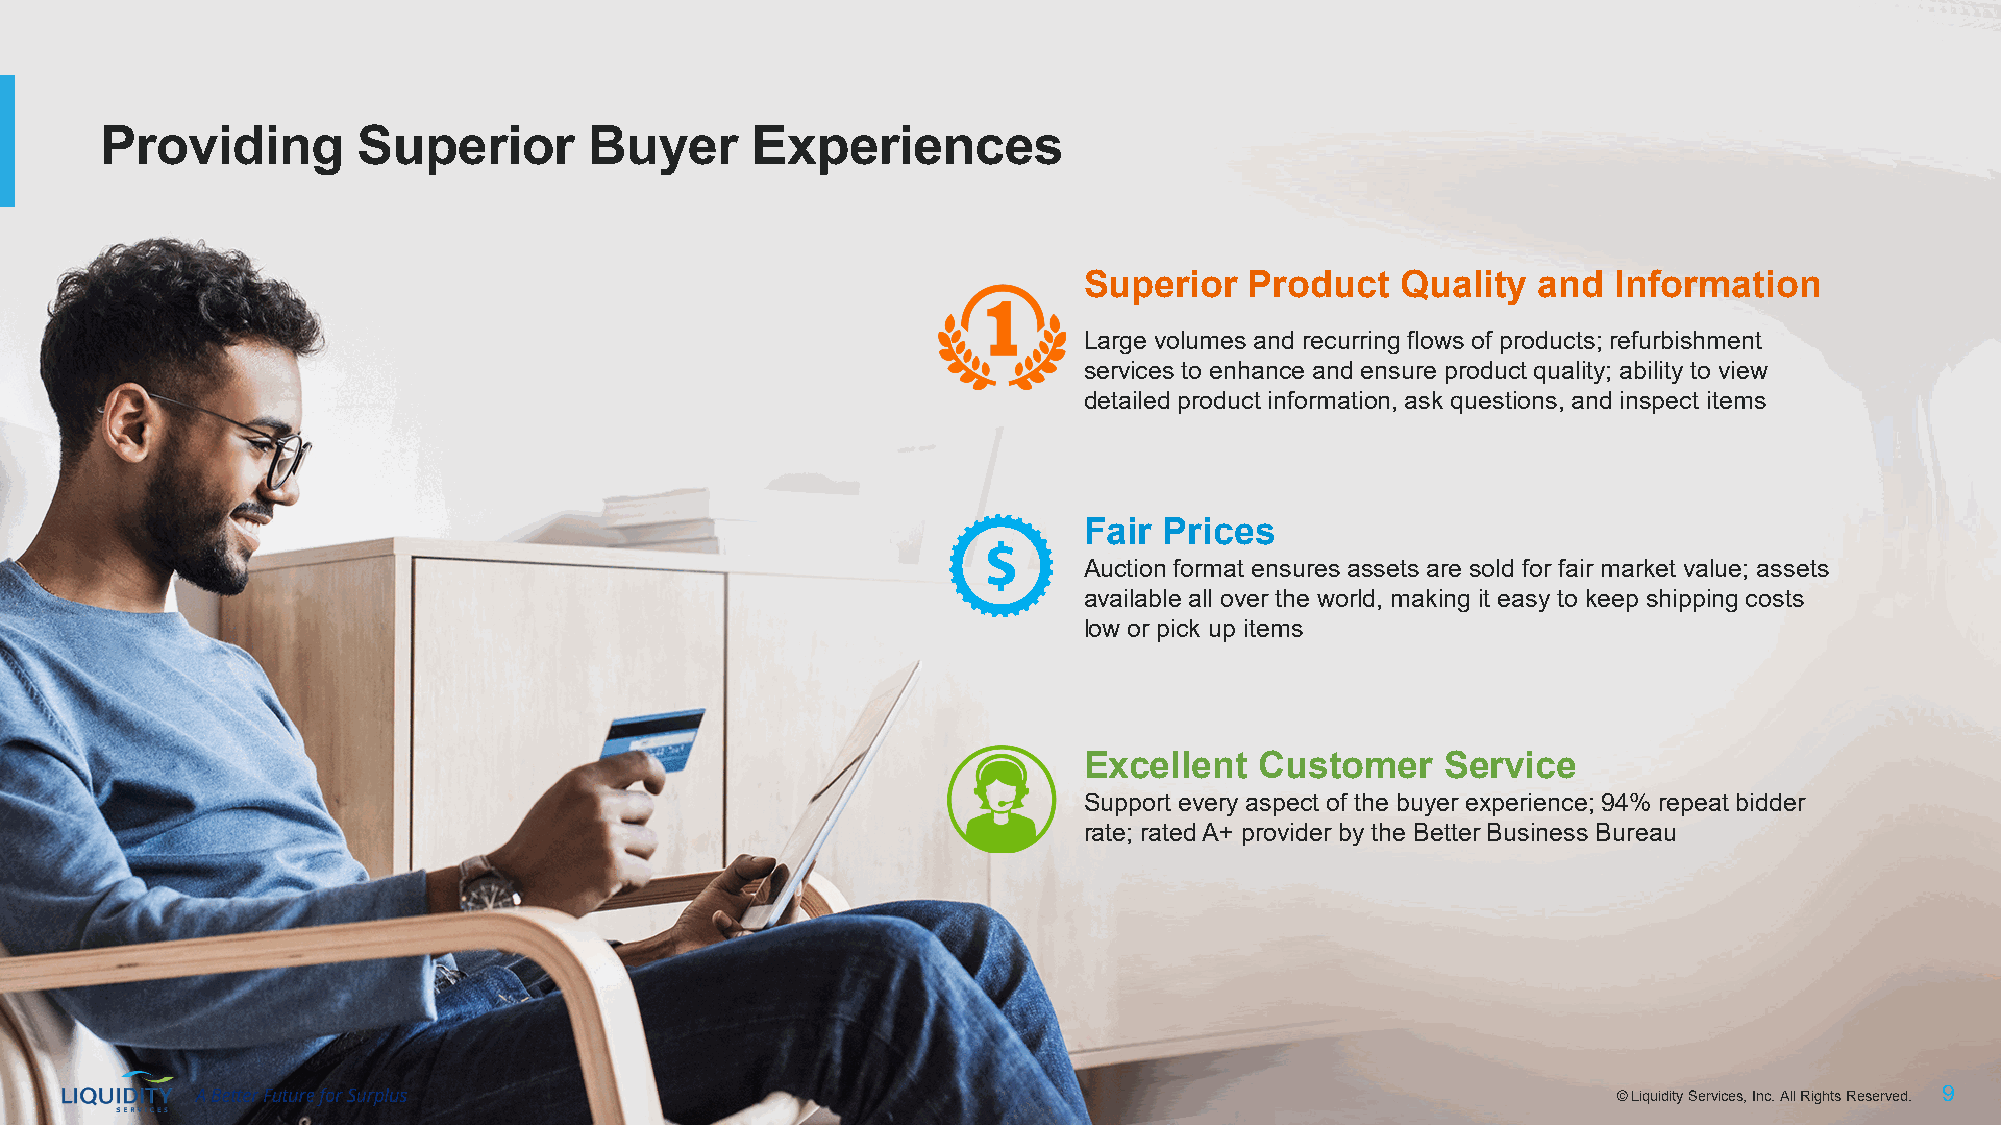
Providing        Superior       Buyer      Experiences
 Superior   Product   Quality  and  Information
 Large volumes and recurring flows of products; refurbishment
 services to enhance and ensure product quality; ability to view
 detailed product information, ask questions, and inspect items
 Fair Prices
 Auction format ensures assets are sold for fair market value; assets
 available all over the world, making it easy to keep shipping costs
 low or pick up items
 Excellent  Customer     Service
 Support every aspect of the buyer experience; 94% repeat bidder
 rate; rated A+ provider by the Better Business Bureau
 ©© LLiiqquuiiddiittyy SSeerrvviicceess,, IInncc.. AAllll RRiigghhttss RReesseerrvveedd.. 99